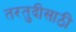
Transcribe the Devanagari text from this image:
तरतुदीसाठी